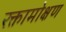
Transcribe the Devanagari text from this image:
रक्तामोक्षण